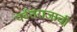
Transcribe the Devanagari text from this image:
पर्वतराजाची